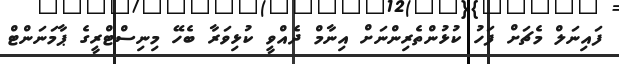
ފައިނަލް މެޗަށް ފަހު ކުޅުންތެރިންނަށް އިނާމް ދެއްވީ ކުޅިވަރާ ބެހޭ މިނިސްޓްރީގެ ޕާމަނަންޓް